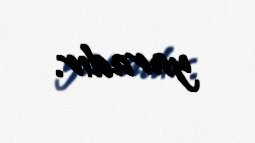
yaradır.